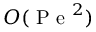
O ( \mathrm { ~ P ~ e ~ } ^ { 2 } )